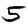
Digit: 5